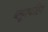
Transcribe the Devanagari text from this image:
ब्लूमफॉँटेन